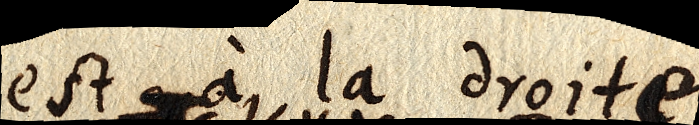
est à la droite